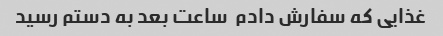
غذایی که سفارش دادم  ساعت بعد به دستم رسید